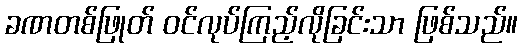
ခဏတစ်ဖြုတ် ဝင်လုပ်ကြည့်လိုခြင်းသာ ဖြစ်သည်။